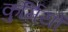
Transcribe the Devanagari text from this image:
कुर्मियों